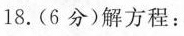
18.(6分)解方程：